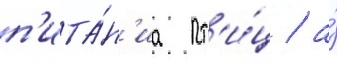
п'ита́н'иа пт'и́ц / а́